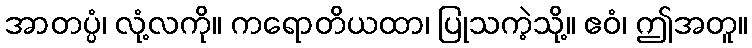
အာတပ္ပံ၊ လုံ့လကို။ ကရောတိယထာ၊ ပြုသကဲ့သို့။ ဧဝံ၊ ဤအတူ။